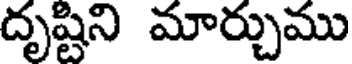
దృష్టిని మార్చుము